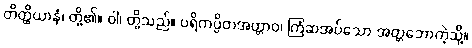
တိတ္ထိယာနံ၊ တို့၏။ ဝါ၊ တို့သည်။ ပရိကပ္ပိတအတ္တာဝ၊ ကြံဆအပ်သော အတ္တဘောကဲ့သို့။